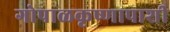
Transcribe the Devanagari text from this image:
गोपाळकृष्णापाशी